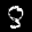
Label: 8